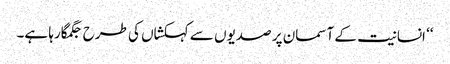
‘‘ انسانیت کے آسمان پر صدیوں سے کہکشاں کی طرح جگمگارہا ہے۔